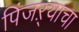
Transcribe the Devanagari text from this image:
पिंजऱ्याचा